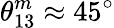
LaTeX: \theta_{13}^{m}\approx 45^{\circ}